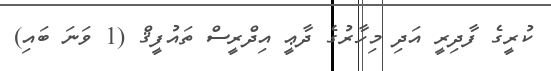
ކުރީގެ ފާދިރީ އަދި މިހާރުގެ ދާޢީ އިދްރީސް ތައުފީޤް (1 ވަނަ ބައި)